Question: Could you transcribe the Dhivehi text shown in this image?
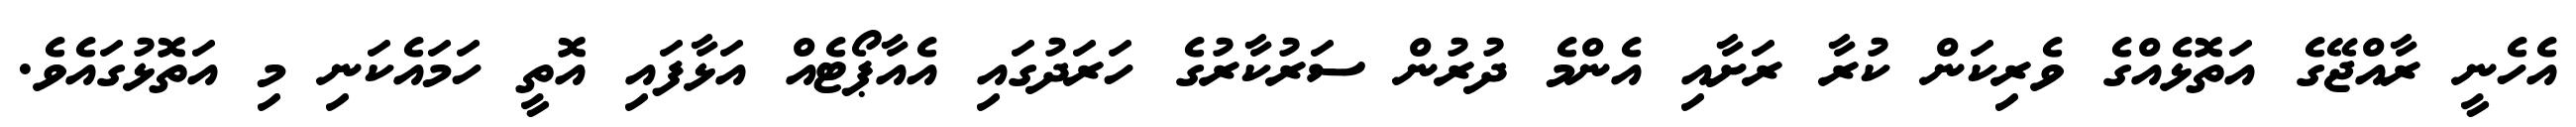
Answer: އެހެނީ ރާއްޖޭގެ އަތޮޅެއްގެ ވެރިކަން ކުރާ ރަށާއި އެންމެ ދުރުން ސަރުކާރުގެ ހަރަދުގައި އެއާޕޯޓެއް އަޅާފައި އޮތީ ހަމައެކަނި މި އަތޮޅުގައެވެ.